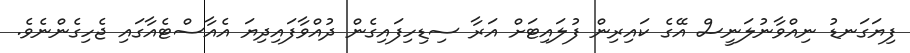
ފިޔަގަނޑު ނިއްވާނުލަނީސް އޭގެ ކައިރިން ފުލައިޓަށް އަރާ ސިޑިހިފައިގެން ދުއްވާފައިދިޔަ އެއާސްޓެއާގައި ޖެހިގެންނެވެ.